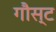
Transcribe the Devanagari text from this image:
गौस्ट